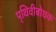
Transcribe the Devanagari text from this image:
पृथिवीबोधक